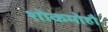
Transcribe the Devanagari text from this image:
शोकमोहौ